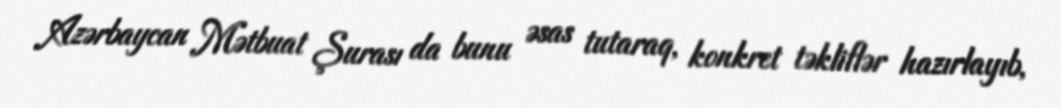
Azərbaycan Mətbuat Şurası da bunu əsas tutaraq, konkret təkliflər hazırlayıb,